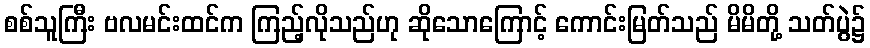
စစ်သူကြီး ဗလမင်းထင်က ကြည့်လိုသည်ဟု ဆိုသောကြောင့် ကောင်းမြတ်သည် မိမိတို့ သတ်ပွဲ၌